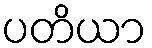
ပတိယာ